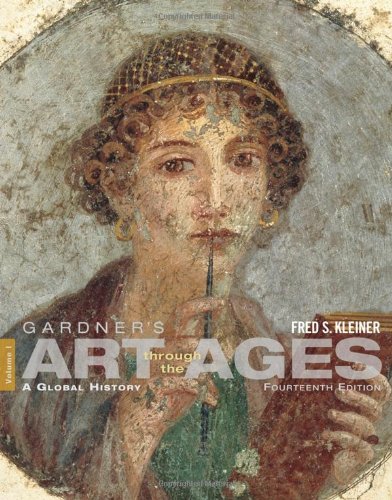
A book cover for Gardner's Art through the Ages: A Global History, Vol. 1, 14th Edition; Fred S. Kleiner; Arts & Photography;